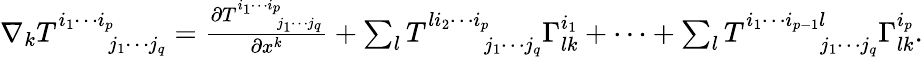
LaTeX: \begin{array}{r}{\nabla_{k}T_{\phantom{i_{1}\cdots i_{p}}j_{1}\cdots j_{q}}^{i_{1}\cdots i_{p}}=\frac{\partial T_{\phantom{i_{1}\cdots i_{p}}j_{1}\cdots j_{q}}^{i_{1}\cdots i_{p}}}{\partial x^{k}}+\sum_{l}T_{\phantom{li_{2}\cdots i_{p}}j_{1}\cdots j_{q}}^{li_{2}\cdots i_{p}}\Gamma_{lk}^{i_{1}}+\cdots+\sum_{l}T_{\phantom{i_{1}\cdots i_{p-1}l}j_{1}\cdots j_{q}}^{i_{1}\cdots i_{p-1}l}\Gamma_{lk}^{i_{p}}.}\end{array}